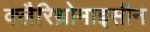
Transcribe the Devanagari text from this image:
क्लैरिथ्रोमाइसीन